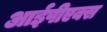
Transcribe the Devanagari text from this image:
आईपीएक्स